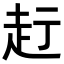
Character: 𧺗